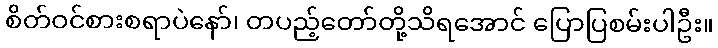
စိတ်ဝင်စားစရာပဲနော်၊ တပည့်တော်တို့သိရအောင် ပြောပြစမ်းပါဦး။